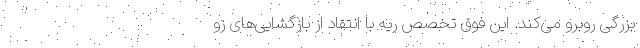
بزرگی روبرو می‌کند. این فوق تخصص ریه با انتقاد از بازگشایی‌های زو